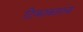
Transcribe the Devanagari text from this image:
टिकाकारांना